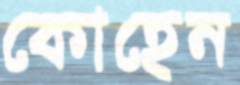
কোহেন